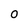
Character: 0